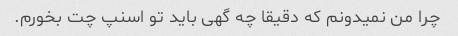
چرا من نمیدونم که دقیقا چه گهی باید تو اسنپ چت بخورم.